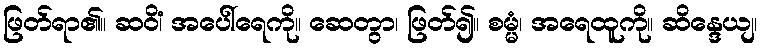
ဖြတ်ရာ၏။ ဆဝိံ၊ အပေါ်ရေကို။ ဆေတွာ၊ ဖြတ်၍။ စမ္မံ၊ အရေထူကို။ ဆိန္ဒေယျ၊